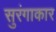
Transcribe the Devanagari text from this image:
सुरंगाकार